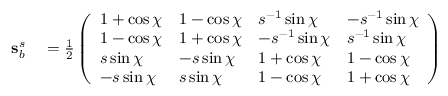
\begin{array} { r l } { \mathbf { s } _ { b _ { } } ^ { s } } & { { } = \frac { 1 } { 2 } \left( \begin{array} { l l l l } { 1 + \cos { \chi } } & { 1 - \cos { \chi } } & { s { } ^ { - 1 } \sin { \chi } } & { - s { } ^ { - 1 } \sin { \chi } } \\ { 1 - \cos { \chi } } & { 1 + \cos { \chi } } & { - s { } ^ { - 1 } \sin { \chi } } & { s { } ^ { - 1 } \sin { \chi } } \\ { s { } \sin { \chi } } & { - s { } \sin { \chi } } & { 1 + \cos { \chi } } & { 1 - \cos { \chi } } \\ { - s { } \sin { \chi } } & { s { } \sin { \chi } } & { 1 - \cos { \chi } } & { 1 + \cos { \chi } } \end{array} \right) } \end{array}